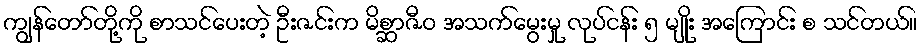
ကျွန်တော်တို့ကို စာသင်ပေးတဲ့ ဦးဇင်းက မိစ္ဆာဇီဝ အသက်မွေးမှု လုပ်ငန်း ၅ မျိုး အကြောင်း စ သင်တယ်။